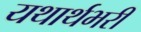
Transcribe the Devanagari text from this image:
यथार्थभरी